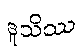
ဒူသိဿ